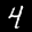
Label: 4